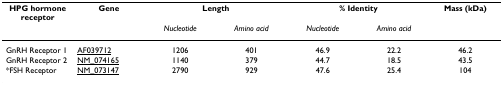
| HPG hormone receptor | Gene | <COLSPAN=2> Length | <COLSPAN=2> % Identity | Mass (kDa) |
 |  |  | Nucleotide | Amino acid | Nucleotide | Amino acid |  |
 | --- | --- | --- | --- | --- | --- | --- |
 | GnRH Receptor 1 | AF039712 | 1206 | 401 | 46.9 | 22.2 | 46.2 |
 | GnRH Receptor 2 | NM_074165 | 1140 | 379 | 44.7 | 18.5 | 43.5 |
 | *FSH Receptor | NM_073147 | 2790 | 929 | 47.6 | 25.4 | 104 |